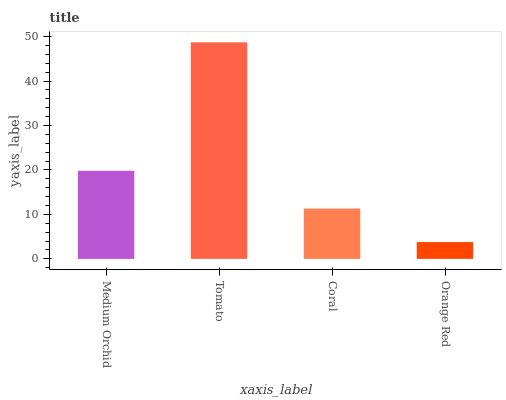
| xaxis_label | bars |
 | --- | --- |
 | Medium Orchid | 19.8 |
 | Tomato | 48.7 |
 | Coral | 11.3 |
 | Orange Red | 3.78 |